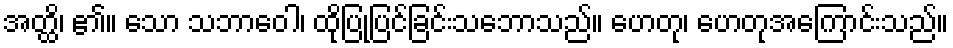
အတ္ထိ၊ ၏။ သော သဘာဝေါ၊ ထိုပြုပြင်ခြင်းသဘောသည်။ ဟေတု၊ ဟေတုအကြောင်းသည်။